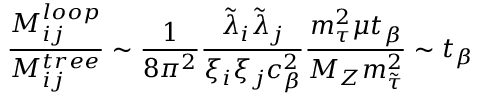
{ \frac { M _ { i j } ^ { l o o p } } { M _ { i j } ^ { t r e e } } } \sim { \frac { 1 } { 8 \pi ^ { 2 } } } { \frac { \tilde { \lambda } _ { i } \tilde { \lambda } _ { j } } { \xi _ { i } \xi _ { j } c _ { \beta } ^ { 2 } } } { \frac { m _ { \tau } ^ { 2 } \mu t _ { \beta } } { M _ { Z } m _ { \tilde { \tau } } ^ { 2 } } } \sim t _ { \beta }